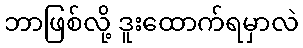
ဘာဖြစ်လို့ ဒူးထောက်ရမှာလဲ